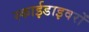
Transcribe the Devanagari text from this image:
स्काईडाइवरों